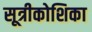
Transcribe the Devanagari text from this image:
सूत्रीकोशिका